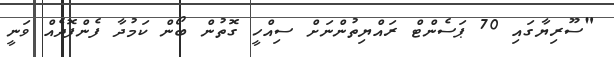
"ސޫރިޔާގައި 70 ޕަސެންޓް ރައްޔިތުންނަށް ސިއްހީ ގޮތުން ބޯން ކަމުދާ ފެންފޮދެއް ވަނީ